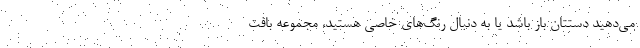
می‌دهید دستتان باز باشد یا به دنبال رنگ‌های خاصی هستید، مجموعه بافت